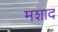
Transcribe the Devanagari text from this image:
मशाद